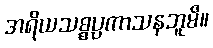
အရိယသစ္စပ္ပကာသနဘူမိ။